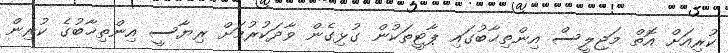
ކުރިއަށް އޮތް މަޖިލީސް އިންތިޚާބުގައި ޕާޓީތަކުން ގުޅިގެން ވާދަކުރުމަށް ރިޔާސީ އިންތިޚާބުގެ ކުރިން